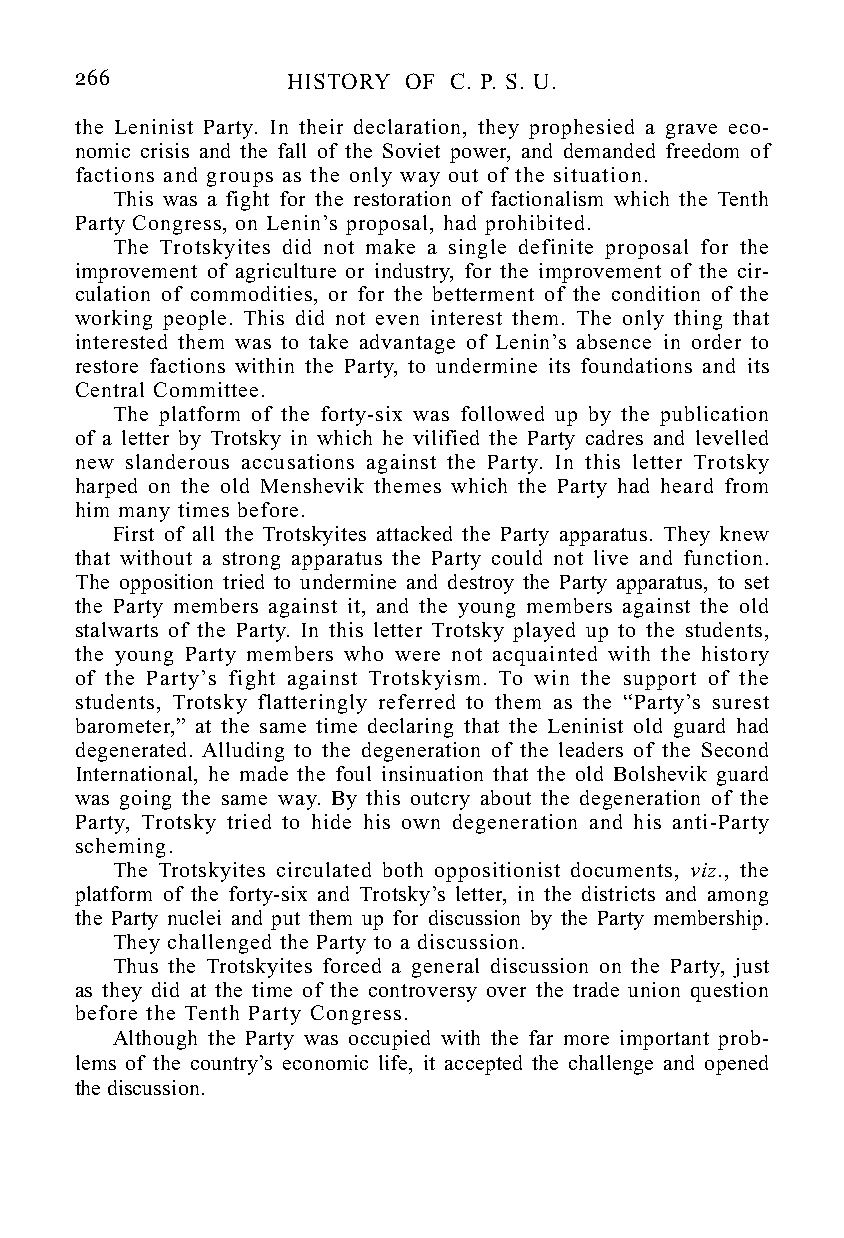
266           HISTORY OF C. P. S. U.
 the Leninist Party. In their declaration, they prophesied a grave eco-
 nomic crisis and the fall of the Soviet power, and demanded freedom of
 factions and groups as the only way out of the situation.
 This was a fight for the restoration of factionalism which the Tenth
 Party Congress, on Lenin’s proposal, had prohibited.
 The Trotskyites did not make a single definite proposal for the
 improvement of agriculture or industry, for the improvement of the cir-
 culation of commodities, or for the betterment of the condition of the
 working people. This did not even interest them. The only thing that
 interested them was to take advantage of Lenin’s absence in order to
 restore factions within the Party, to undermine its foundations and its
 Central Committee.
 The platform of the forty-six was followed up by the publication
 of a letter by Trotsky in which he vilified the Party cadres and levelled
 new slanderous accusations against the Party. In this letter Trotsky
 harped on the old Menshevik themes which the Party had heard from
 him many times before.
 First of all the Trotskyites attacked the Party apparatus. They knew
 that without a strong apparatus the Party could not live and function.
 The opposition tried to undermine and destroy the Party apparatus, to set
 the Party members against it, and the young members against the old
 stalwarts of the Party. In this letter Trotsky played up to the students,
 the young Party members who were not acquainted with the history
 of the Party’s fight against Trotskyism. To win the support of the
 students, Trotsky flatteringly referred to them as the “Party’s surest
 barometer,” at the same time declaring that the Leninist old guard had
 degenerated. Alluding to the degeneration of the leaders of the Second
 International, he made the foul insinuation that the old Bolshevik guard
 was going the same way. By this outcry about the degeneration of the
 Party, Trotsky tried to hide his own degeneration and his anti-Party
 scheming.
 The Trotskyites circulated both oppositionist documents, viz., the
 platform of the forty-six and Trotsky’s letter, in the districts and among
 the Party nuclei and put them up for discussion by the Party membership.
 They challenged the Party to a discussion.
 Thus the Trotskyites forced a general discussion on the Party, just
 as they did at the time of the controversy over the trade union question
 before the Tenth Party Congress.
 Although the Party was occupied with the far more important prob-
 lems of the country’s economic life, it accepted the challenge and opened
 the discussion.